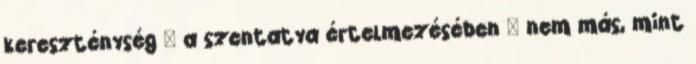
kereszténység – a szentatya értelmezésében – nem más, mint